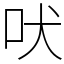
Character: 吠